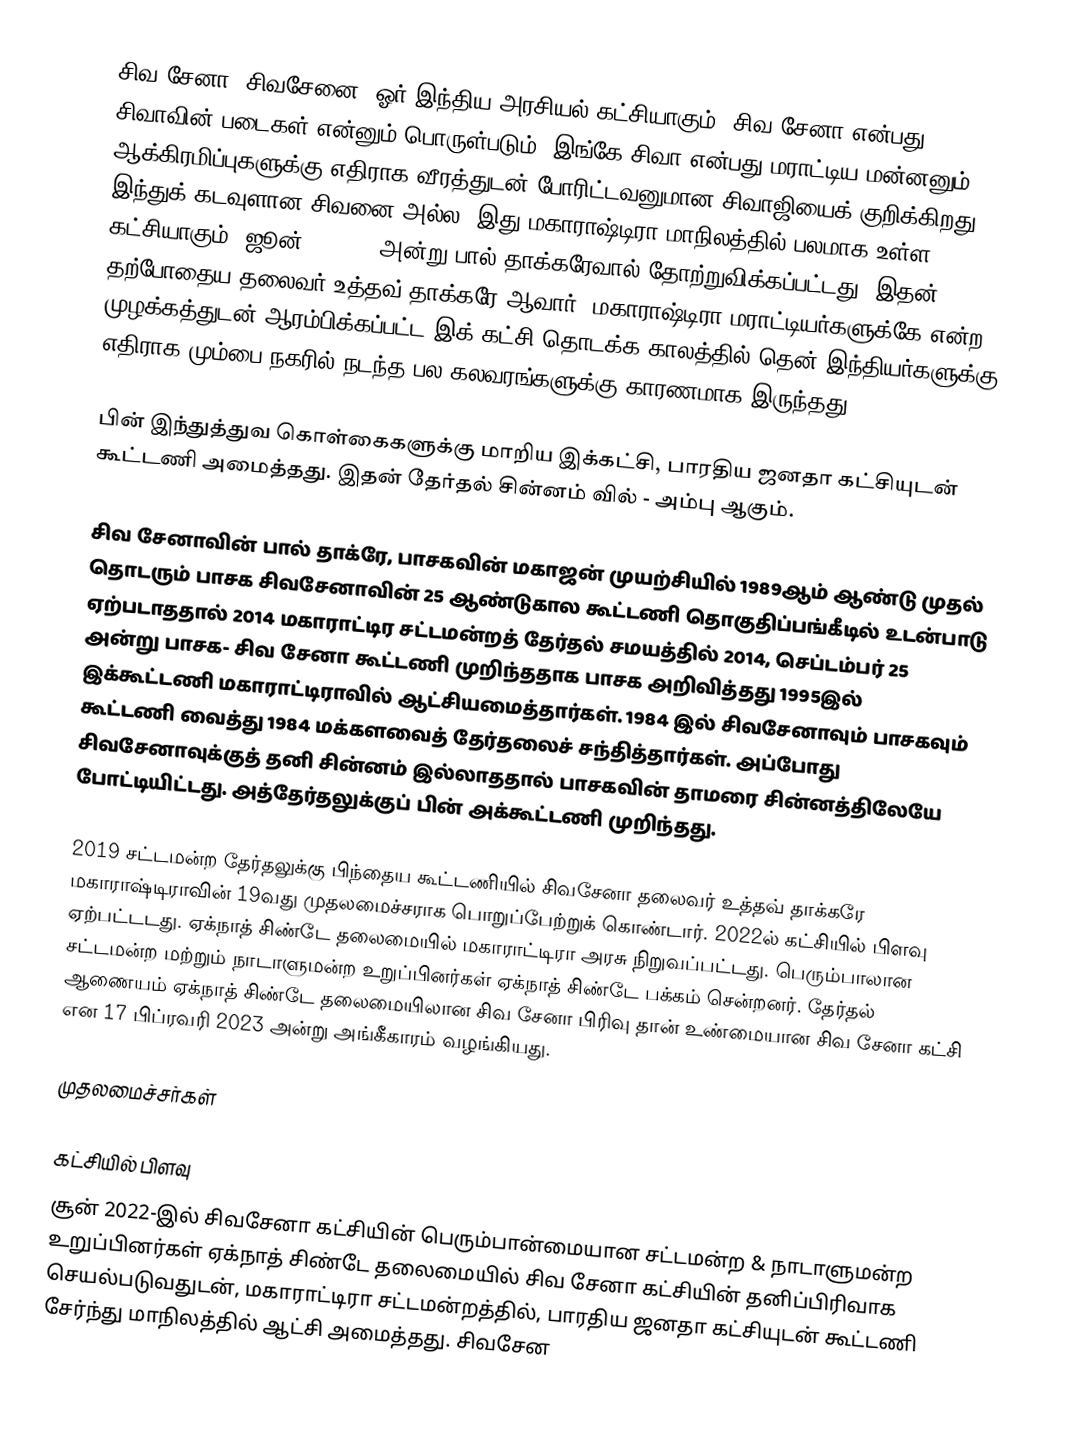
சிவ சேனா (சிவசேனை) ஓர் இந்திய அரசியல் கட்சியாகும். சிவ சேனா என்பது சிவாவின் படைகள் என்னும் பொருள்படும். இங்கே சிவா என்பது மராட்டிய மன்னனும், ஆக்கிரமிப்புகளுக்கு எதிராக வீரத்துடன் போரிட்டவனுமான சிவாஜியைக் குறிக்கிறது. இந்துக் கடவுளான சிவனை அல்ல. இது மகாராஷ்டிரா மாநிலத்தில் பலமாக உள்ள கட்சியாகும். ஜூன் 19 1966 அன்று பால் தாக்கரேவால் தோற்றுவிக்கப்பட்டது. இதன் தற்போதைய தலைவர் உத்தவ் தாக்கரே ஆவார். மகாராஷ்டிரா மராட்டியர்களுக்கே என்ற முழக்கத்துடன் ஆரம்பிக்கப்பட்ட இக் கட்சி தொடக்க காலத்தில் தென் இந்தியர்களுக்கு எதிராக மும்பை நகரில் நடந்த பல கலவரங்களுக்கு காரணமாக இருந்தது.

பின் இந்துத்துவ கொள்கைகளுக்கு மாறிய இக்கட்சி, பாரதிய ஜனதா கட்சியுடன் கூட்டணி அமைத்தது. இதன் தேர்தல் சின்னம் வில் - அம்பு ஆகும்.

சிவ சேனாவின் பால் தாக்ரே, பாசகவின் மகாஜன் முயற்சியில் 1989ஆம் ஆண்டு முதல் தொடரும் பாசக சிவசேனாவின் 25 ஆண்டுகால கூட்டணி தொகுதிப்பங்கீடில் உடன்பாடு ஏற்படாததால் 2014 மகாராட்டிர சட்டமன்றத் தேர்தல் சமயத்தில் 2014, செப்டம்பர் 25 அன்று பாசக- சிவ சேனா கூட்டணி முறிந்ததாக பாசக அறிவித்தது 1995இல் இக்கூட்டணி மகாராட்டிராவில் ஆட்சியமைத்தார்கள்.  1984 இல் சிவசேனாவும் பாசகவும் கூட்டணி வைத்து 1984 மக்களவைத் தேர்தலைச் சந்தித்தார்கள். அப்போது சிவசேனாவுக்குத்  தனி சின்னம் இல்லாததால் பாசகவின் தாமரை சின்னத்திலேயே போட்டியிட்டது. அத்தேர்தலுக்குப் பின் அக்கூட்டணி முறிந்தது.

2019 சட்டமன்ற தேர்தலுக்கு பிந்தைய கூட்டணியில் சிவசேனா தலைவர் உத்தவ் தாக்கரே மகாராஷ்டிராவின் 19வது முதலமைச்சராக பொறுப்பேற்றுக் கொண்டார். 2022ல் கட்சியில் பிளவு ஏற்பட்டடது. ஏக்நாத் சிண்டே தலைமையில் மகாராட்டிரா அரசு நிறுவப்பட்டது. பெரும்பாலான சட்டமன்ற மற்றும் நாடாளுமன்ற உறுப்பினர்கள் ஏக்நாத் சிண்டே பக்கம் சென்றனர். தேர்தல் ஆணையம் ஏக்நாத் சிண்டே தலைமையிலான சிவ சேனா பிரிவு தான் உண்மையான சிவ சேனா கட்சி என 17 பிப்ரவரி 2023 அன்று அங்கீகாரம் வழங்கியது.

முதலமைச்சர்கள்

கட்சியில் பிளவு
சூன் 2022-இல் சிவசேனா கட்சியின் பெரும்பான்மையான சட்டமன்ற & நாடாளுமன்ற உறுப்பினர்கள் ஏக்நாத் சிண்டே தலைமையில் சிவ சேனா கட்சியின் தனிப்பிரிவாக செயல்படுவதுடன், மகாராட்டிரா சட்டமன்றத்தில், பாரதிய ஜனதா கட்சியுடன் கூட்டணி சேர்ந்து மாநிலத்தில் ஆட்சி அமைத்தது.  சிவசேன